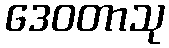
ဒေဝတာသု